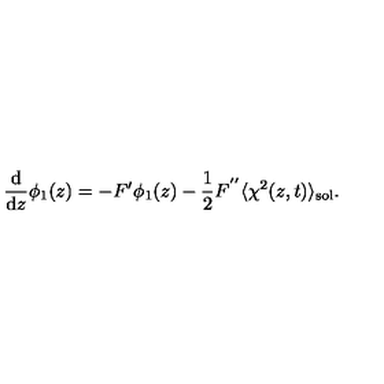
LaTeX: \frac { \mathrm { d } } { \mathrm { d } z } \phi _ { 1 } ( z ) = - F ^ { \prime } \phi _ { 1 } ( z ) - { \frac { 1 } { 2 } } F ^ { ' ^ { \prime } } \langle \chi ^ { 2 } ( z , t ) \rangle _ { \mathrm { s o l } } .